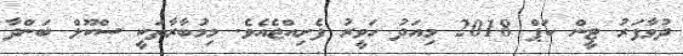
ދުވާފަރު ޓީން ކަޕް 2018 މިއަދު ހަވީރު ފެށިއްޖެއެވެ. މިމުބާރާތަކީ ސްކޫލް ބަންދާ